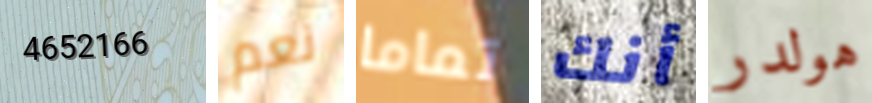
4652166 نعم تماما أنك هولدر